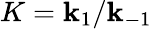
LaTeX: K=\mathbf{k}_{1}/\mathbf{k}_{-1}